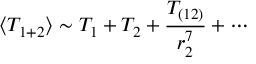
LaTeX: \langle T _ { 1 + 2 } \rangle \sim T _ { 1 } + T _ { 2 } + \frac { T _ { ( 1 2 ) } } { r _ { 2 } ^ { 7 } } + \cdots